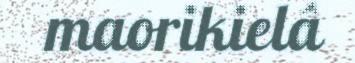
maorikielâ